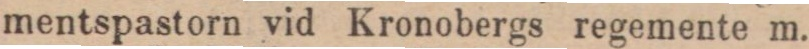
mentspastorn vid Kronobergs regemente m.